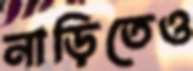
নাড়িতেও